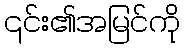
၎င်း၏အမြင်ကို